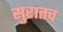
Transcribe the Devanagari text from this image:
सुरातच